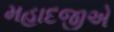
મહાદજીએ